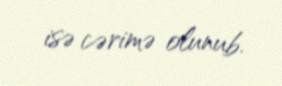
isə cərimə olunub.